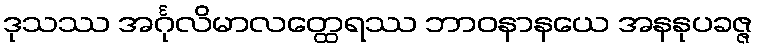
ဒုသဿ အင်္ဂုလိမာလတ္ထေရဿ ဘာဝနာနယေ အနနုပခဇ္ဇ